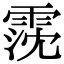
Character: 霃